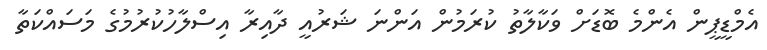
އެމްޑީޕީން އެންމެ ބޮޑަށް ވަކާލާތު ކުރަމުން އަންނަ ޝަރުއީ ދާއިރާ އިސްލާހުކުރުމުގެ މަސައްކަތާ